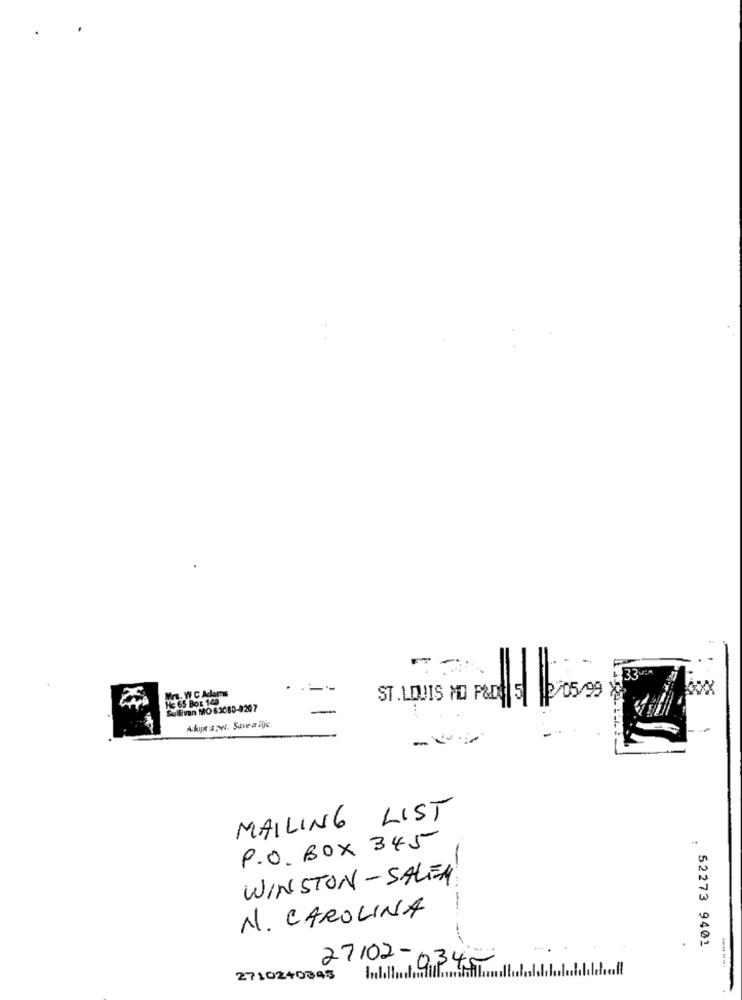
33
Mrs. W.C Adams
HE 65 BOE 149
ST. LOUIS MO P&D5 2/05/99
Sullivan MO 63080-9207
Akuptape. Savea life.
MAILING LIST
P.O. BOX 345
WINSTON-SALEM
N. CAROLINA
. 52273 9401
27102-1
Milhaud 034-
2710240845